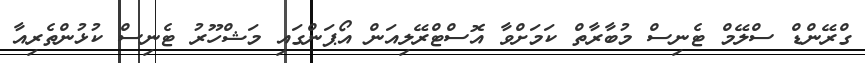
ގްރޭންޑް ސްލޭމް ޓެނިސް މުބާރާތް ކަމަށްވާ އޮސްޓްރޭލިއަން އޯޕަންގައި މަޝްހޫރު ޓެނިސް ކުޅުންތެރިއާ